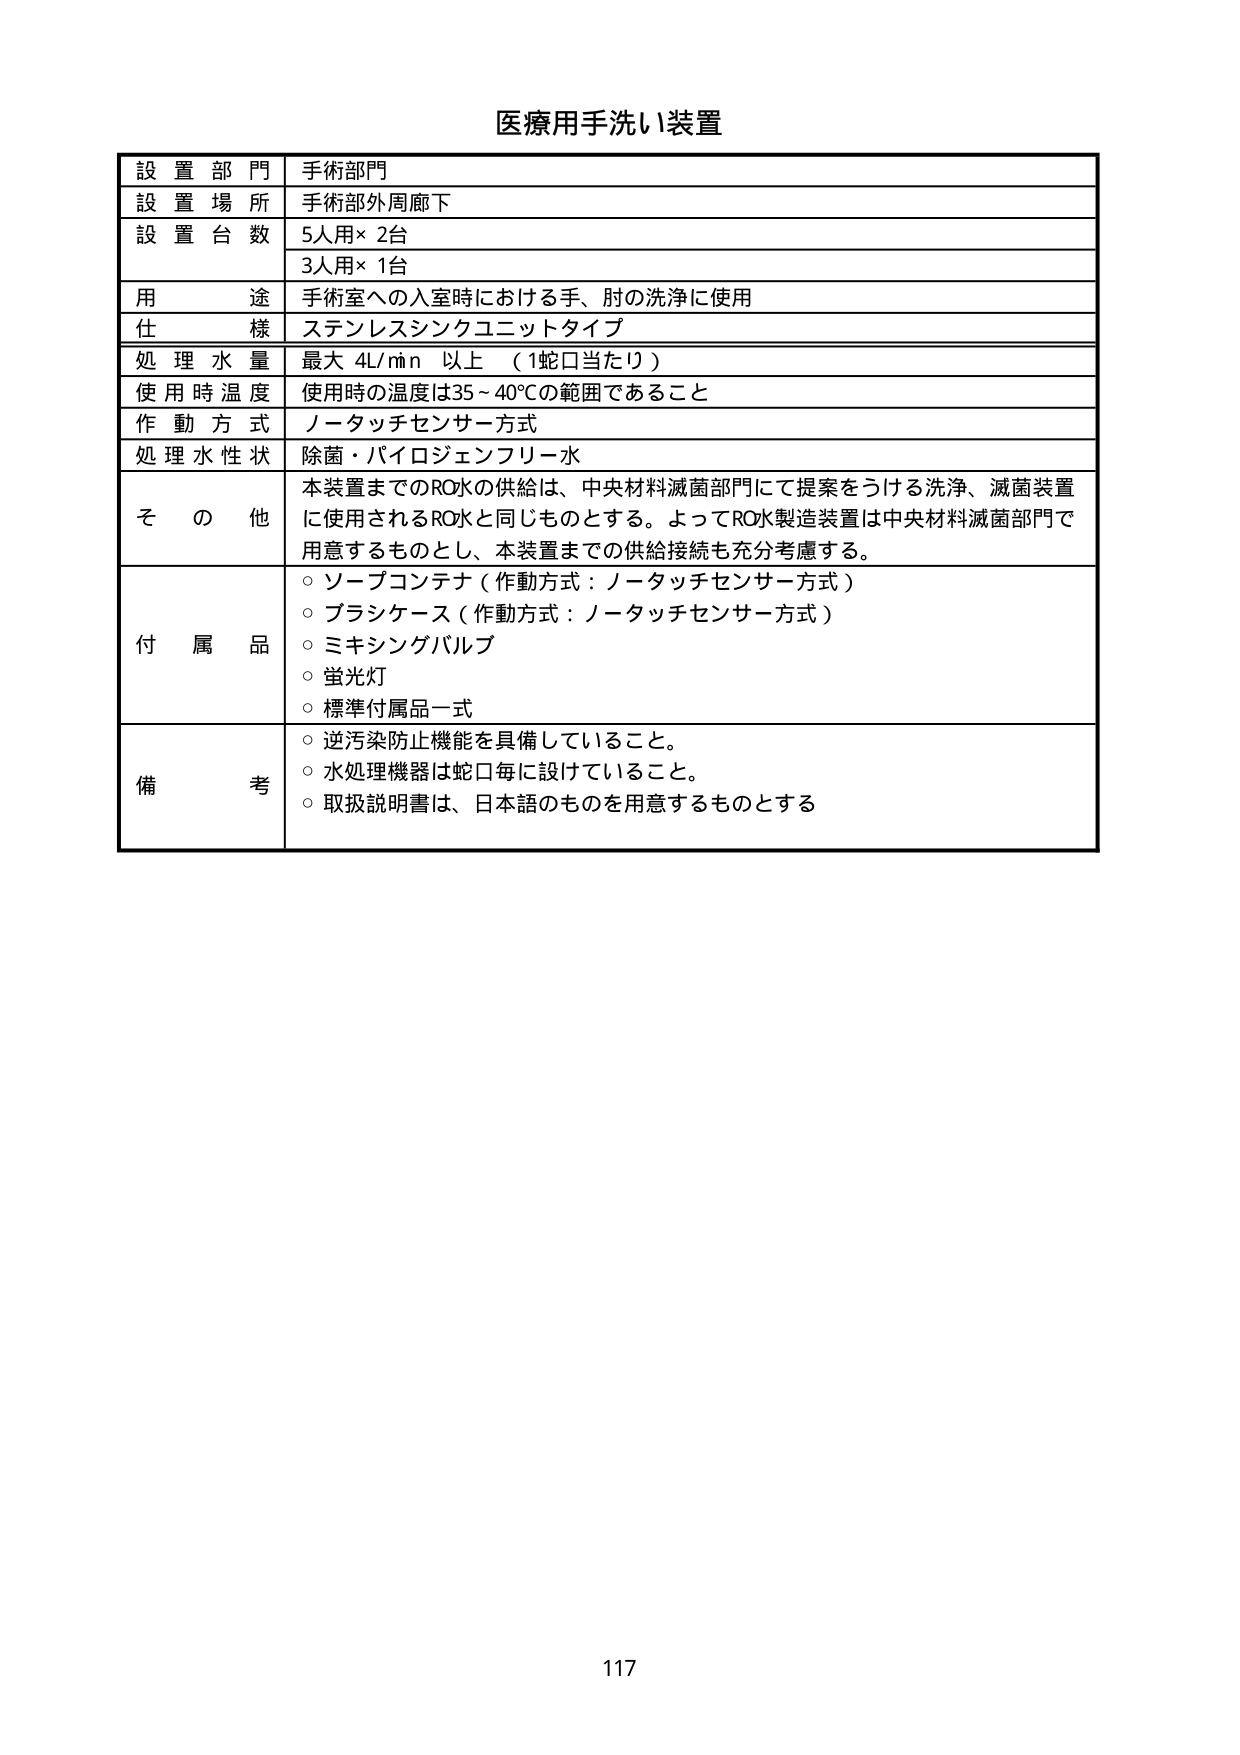
医療用手洗い装置

設 置 部 門 手術部門
設 置 場 所 手術部外周廊下
設 置 台 数 5人用× 2台
3人用× 1台
用 途 手術室への入室時における手、肘の洗浄に使用
仕 様 ステンレスシンクユニットタイプ
処 理 水 量 最大 4L/min 以上 （1蛇口当たり）
使用時温度 使用時の温度は35～40℃の範囲であること
作 動 方 式 ノータッチセンサー方式
処 理 水 性 状 除菌・パイロジェンフリー水
そ の 他 本装置までのRO水の供給は、中央材料滅菌部門にて提案をうける洗浄、滅菌装置に使用されるRO水と同じものとする。よってRO水製造装置は中央材料滅菌部門で用意するものとし、本装置までの供給接続も充分考慮する。
付 属 品 ○ ソープコンテナ（作動方式：ノータッチセンサー方式）
○ ブラシケース（作動方式：ノータッチセンサー方式）
○ ミキシングバルブ
○ 蛍光灯
○ 標準付属品一式
備 考 ○ 逆汚染防止機能を具備していること。
○ 水処理機器は蛇口毎に設けていること。
○ 取扱説明書は、日本語のものを用意するものとする

117